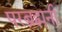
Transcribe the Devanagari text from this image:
परब्रह्मनी